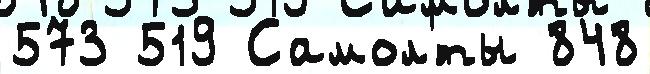
573 519 Самол'́ты 848